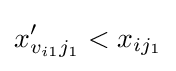
x'_{v_{i1}j_{1}}<x_{ij_{1}}